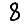
Digit: 8